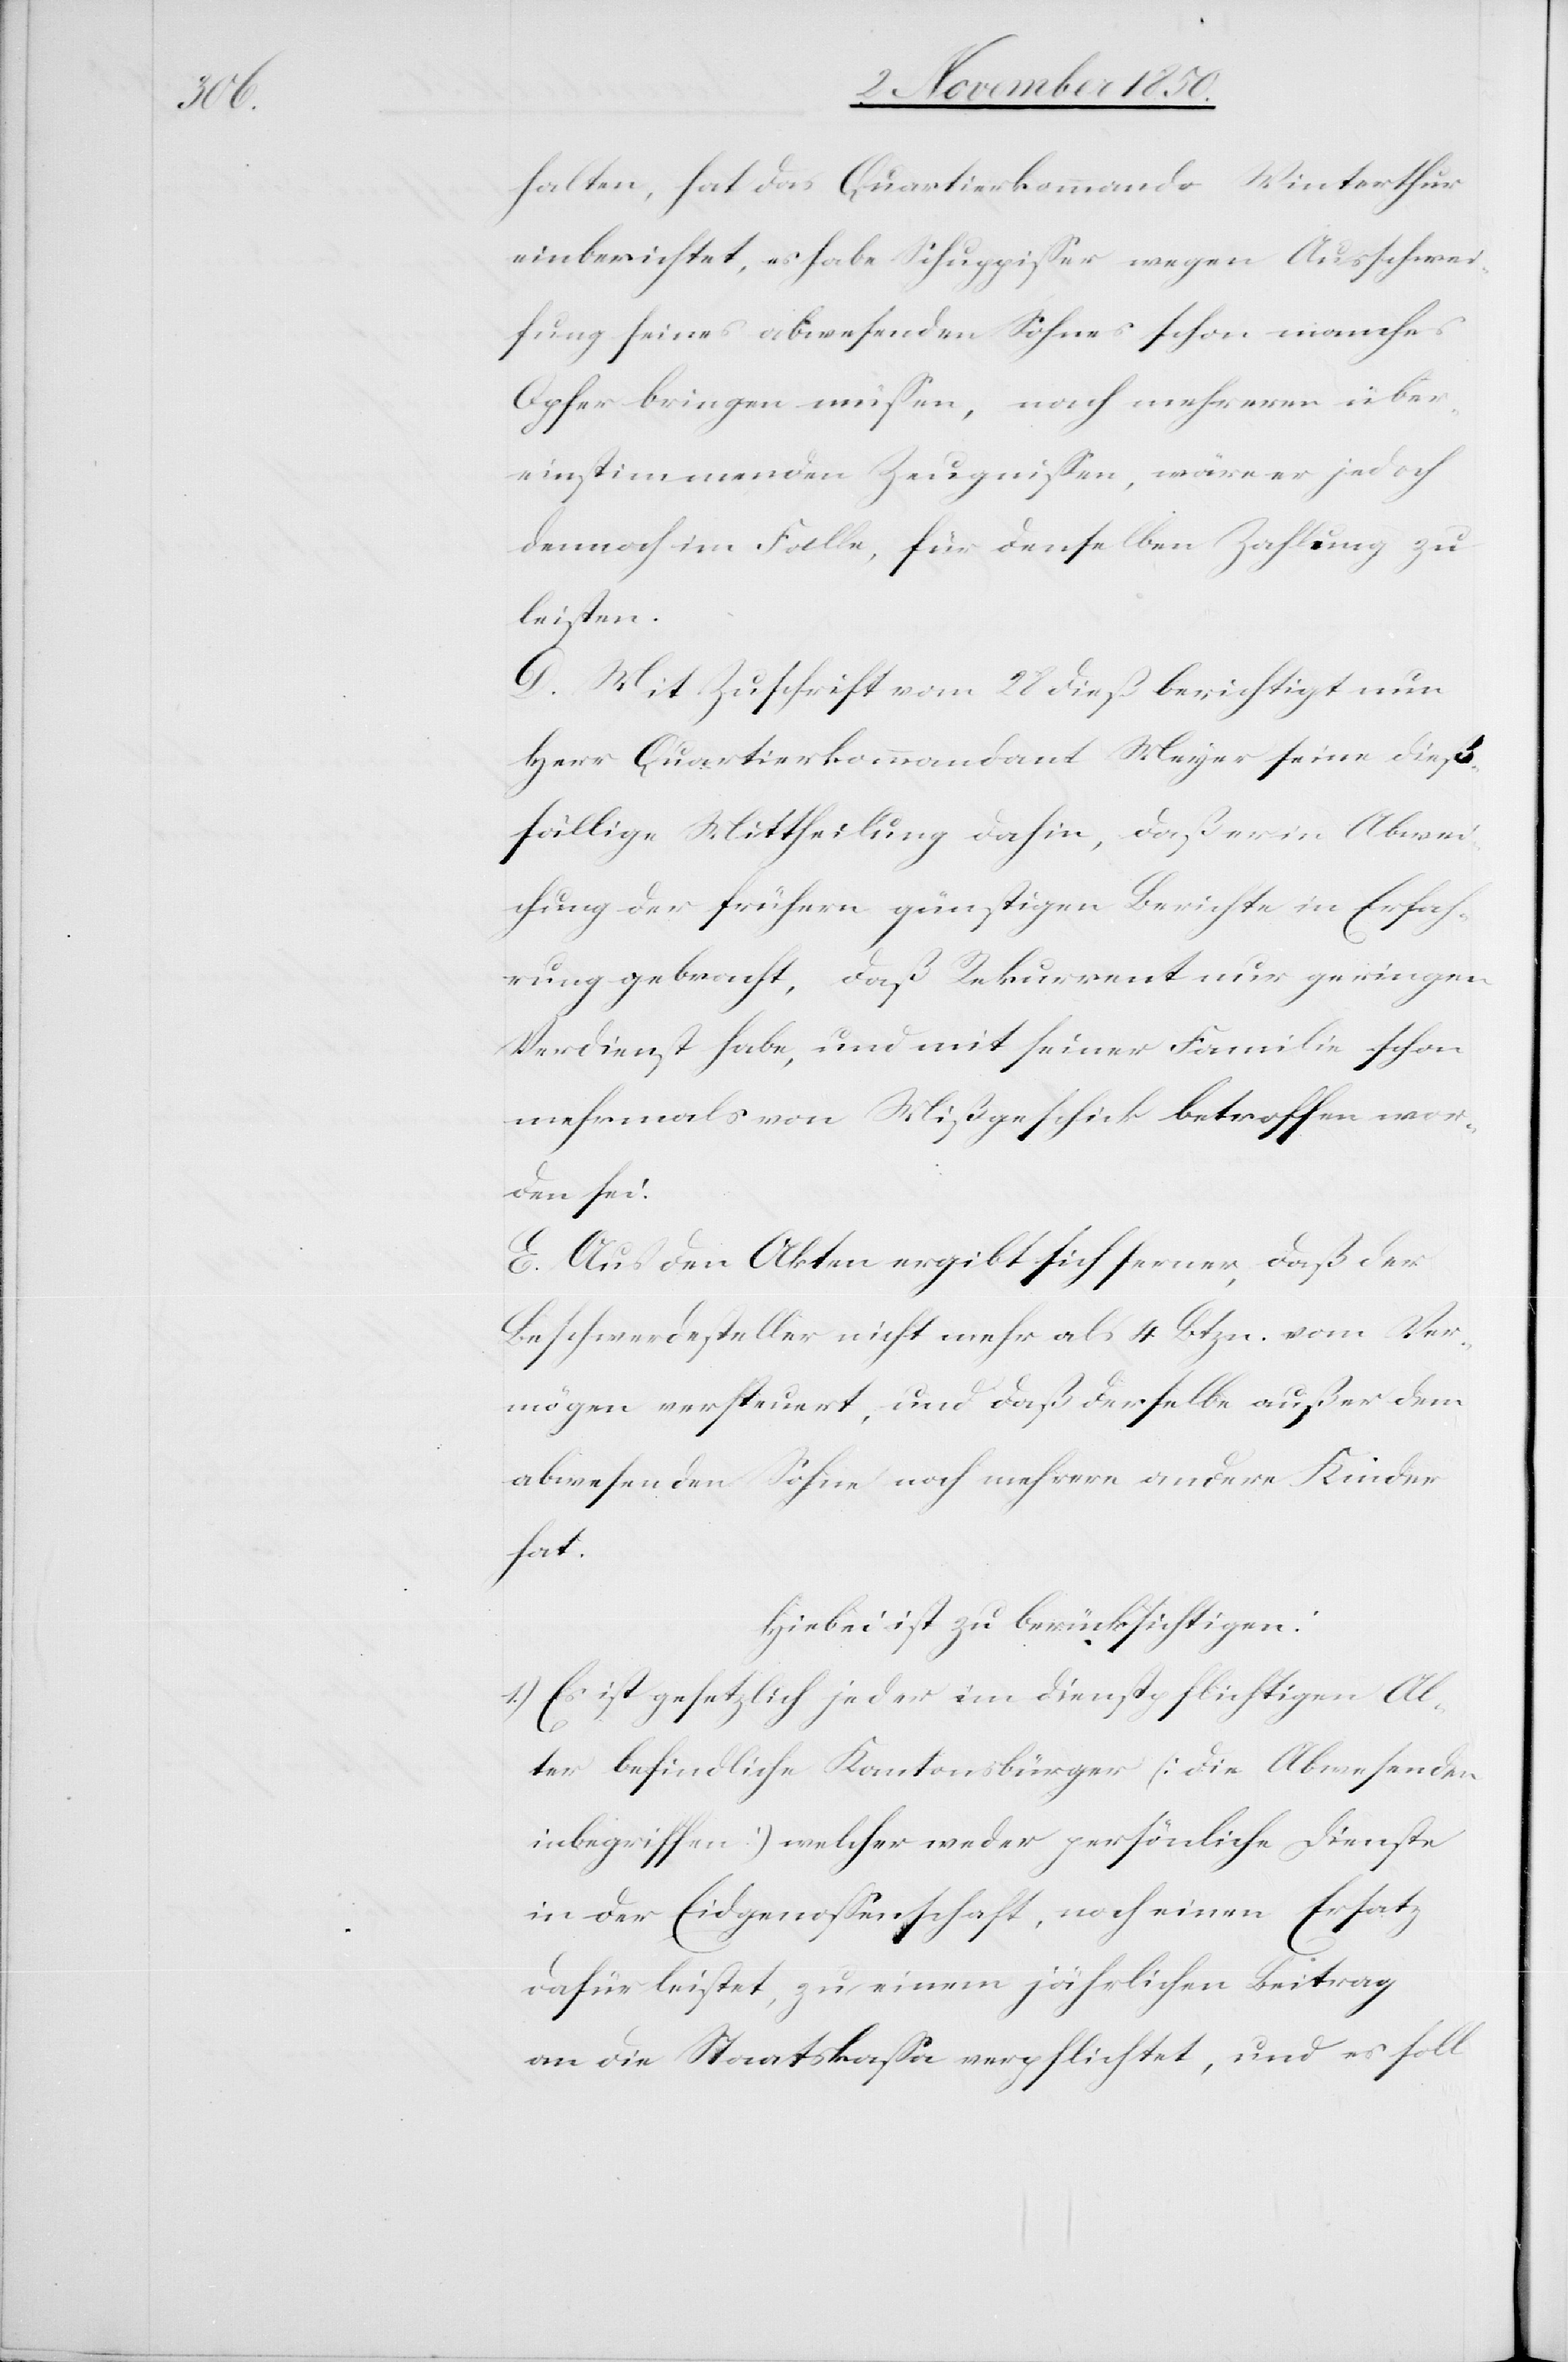
halten, hat das Quartierkommando Winterthur
einberichtet, es habe Schuppisser wegen Ausschwei¬
fung seines abwesenden Sohnes schon manches
Opfer bringen müssen, nach mehreren über¬
einstimmenden Zeugnissen, wäre er jedoch
dennoch im Falle, für denselben Zahlung zu
leisten.
D. Mit Zuschrift vom 28 dieß berichtigt nun
Herr Quartierkommandant Meyer seine dieß¬
fällige Mittheilung dahin, daß er in Abwei¬
chung der frühern günstigen Berichte in Erfah¬
rung gebracht, daß Rekurrent nur geringen
Verdienst habe, und mit seiner Familie schon
mehrmals von Mißgeschick betroffen wor¬
den sei.
E. Aus den Akten ergibt sich ferner, daß der
Beschwerdesteller nicht mehr als 4 Btzn. vom Ver¬
mögen versteuert, und daß derselbe außer dem
abwesenden Sohne noch mehrere andere Kinder
hat.
Hiebei ist zu berücksichtigen:
1.) Es ist gesetzlich jeder im dienstpflichtigen Al¬
ter befindliche Kantonsbürger [die Abwesenden
inbegriffen] welcher weder persönliche Dienste
in der Eidgenossenschaft, noch einen Ersatz
dafür leistet, zu einem jährlichen Beitrag
an die Staatskasse verpflichtet, und es soll